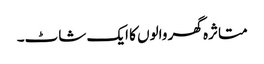
متاثرہ گھر والوں کا ایک شاٹ۔